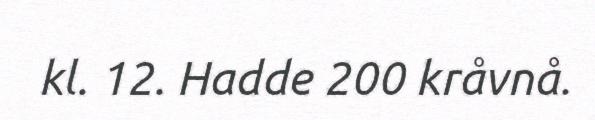
kl. 12. Hadde 200 kråvnå.